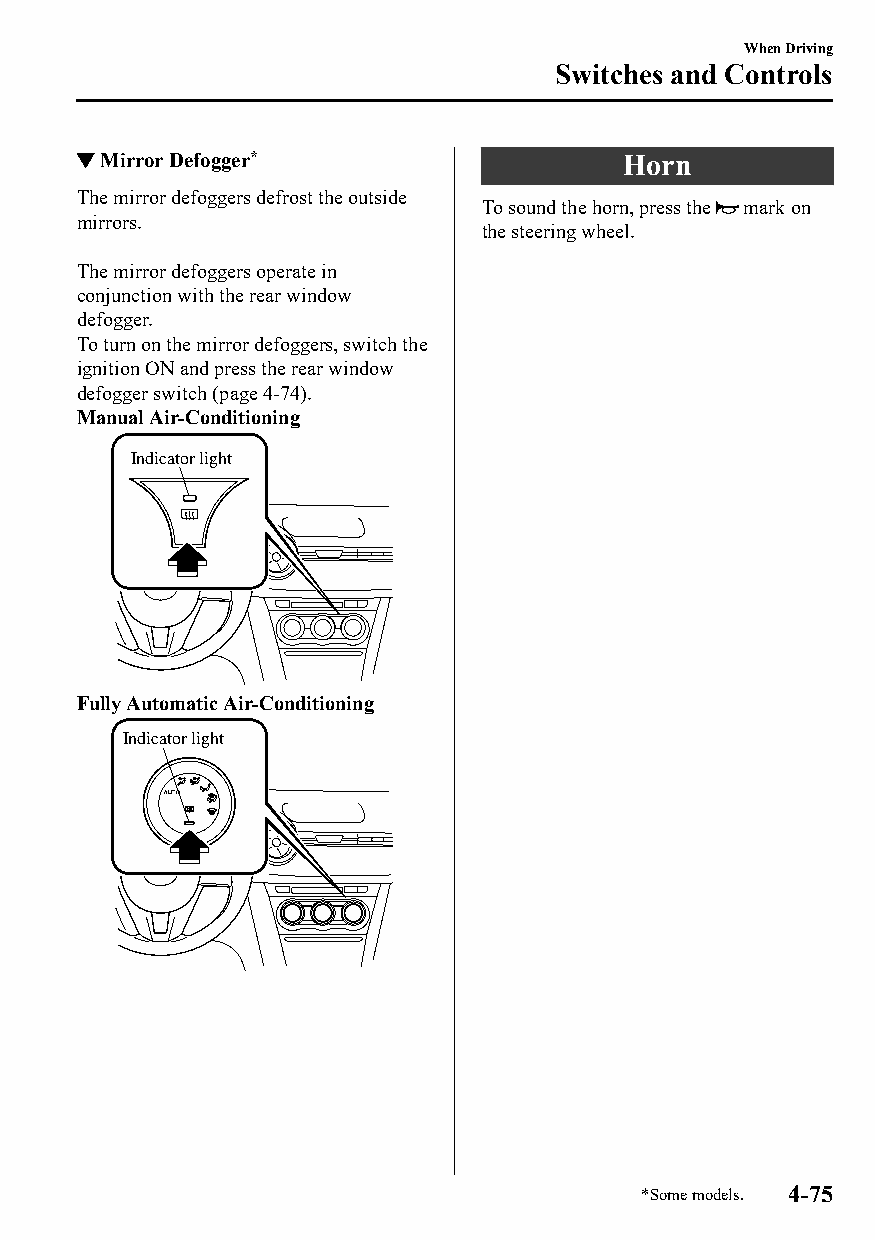
When Driving
 Switches and Controls
 ▼Mirror Defogger*                   Horn
 The mirror defoggers defrost the outside
 To sound the horn, press the mark on
 mirrors.
 the steering wheel.
 The mirror defoggers operate in
 conjunction with the rear window
 defogger.
 To turn on the mirror defoggers, switch the
 ignition ON and press the rear window
 defogger switch (page 4-74).
 Manual Air-Conditioning
 Indicator light
 Fully Automatic Air-Conditioning
 Indicator light
 *Some models. 4-75
 CX-3_8GT4-EE-18D_Edition4                  2018-9-6 18:32:19